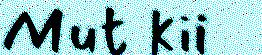
Mut kii